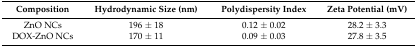
<table><thead><tr><td><b>Composition</b></td><td><b>Hydrodynamic Size (nm)</b></td><td><b>Polydispersity Index</b></td><td><b>Zeta Potential (mV)</b></td></tr></thead><tbody><tr><td>ZnO NCs</td><td>196 ± 18</td><td>0.12 ± 0.02</td><td>28.2 ± 3.3</td></tr><tr><td>DOX-ZnO NCs</td><td>170 ± 11</td><td>0.09 ± 0.03</td><td>27.8 ± 3.5</td></tr></tbody></table>